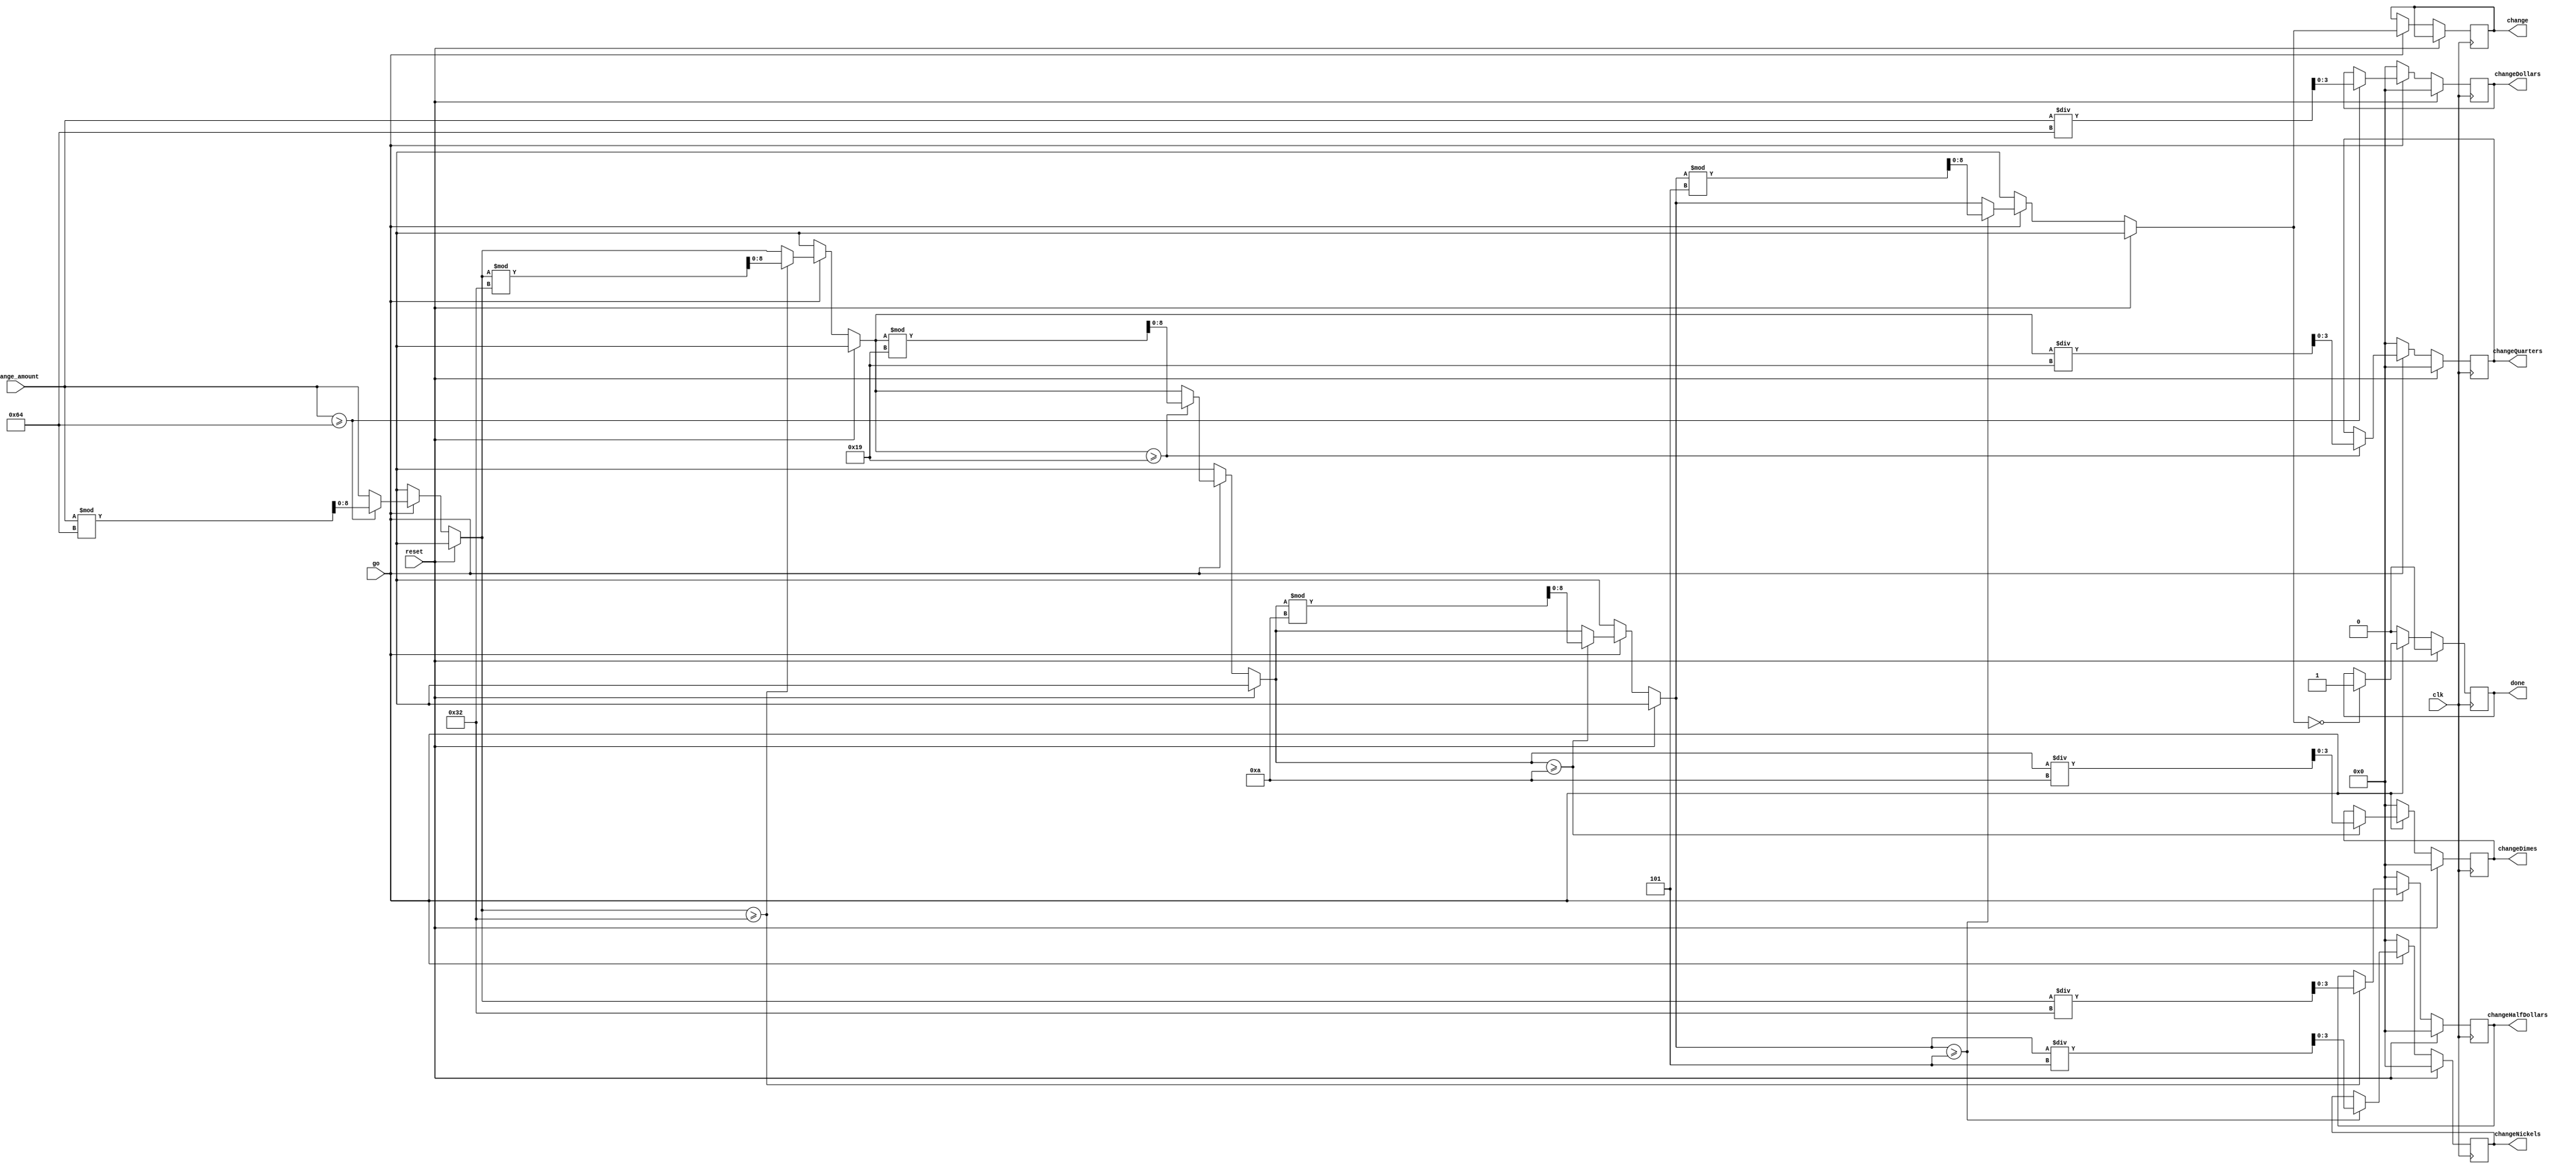

module changecalculator(
    input clk,
    input reset,
    input go,
    input [8:0] change_amount, // Total change received inserted in cents
    output reg [3:0] changeDollars, // Number of dollars to return
    output reg [3:0] changeHalfDollars, // Number of half dollars to return
    output reg [3:0] changeQuarters, // Number of quarters to return
    output reg [3:0] changeDimes, // Number of dimes to return
    output reg [3:0] changeNickels,// Number of nickels to return
    output reg [8:0] change,
    output reg done // Done signal
);

    always @(posedge clk) begin
        if (reset) begin
            changeDollars = 0;
            changeHalfDollars = 0;
            changeQuarters = 0;
            changeDimes = 0;
            changeNickels = 0;
            done = 0;
        end else if (go) begin
            // Reset change
            change = change_amount;
            
            // Calculate number of dollars
            if (change >= 100) begin
                changeDollars = change / 100;
                change = change % 100;
            end
    
            // Calculate number of half dollars
            if (change >= 50) begin
                changeHalfDollars = change / 50;
                change = change % 50;
            end
    
            // Calculate number of quarters
            if (change >= 25) begin
                changeQuarters = change / 25;
                change = change % 25;
            end
    
            // Calculate number of dimes
            if (change >= 10) begin
                changeDimes = change / 10;
                change = change % 10;
            end
    
            // Calculate number of nickels
            if (change >= 5) begin
                changeNickels = change / 5;
                change = change % 5;
            end
            
            // Check if change is fully dispensed
            if (change == 0)
                done = 1;
        end else begin
            // Reset all outputs when go is not asserted
            changeDollars = 0;
            changeHalfDollars = 0;
            changeQuarters = 0;
            changeDimes = 0;
            changeNickels = 0;
            done = 0;
        end
    end
endmodule